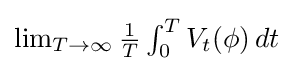
{\textstyle \lim _{T\to \infty }{\frac {1}{T}}\int _{0}^{T}V_{t}(\phi )\,dt}